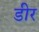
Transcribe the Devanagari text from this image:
डीर